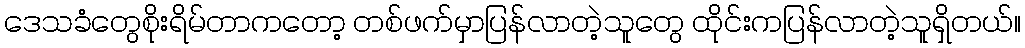
ဒေသခံတွေစိုးရိမ်တာကတော့ တစ်ဖက်မှာပြန်လာတဲ့သူတွေ ထိုင်းကပြန်လာတဲ့သူရှိတယ်။